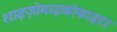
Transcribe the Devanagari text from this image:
शाइज़ोमाइकोफाइटा